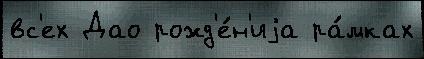
вс'ех Дао рожд'е́н'иjа ра́мках